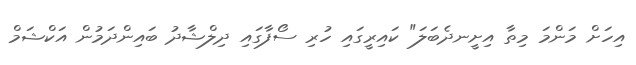
އިހަށް މަންމަ މިތާ އިށީނދެބަލަ" ކައިރީގައި ހުރި ސޯފާގައި ދިލްޝާދު ބައިންދަމުން އަކްޝަމް